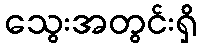
သွေးအတွင်းရှိ